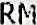
RM